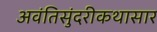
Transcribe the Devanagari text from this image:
अवंतिसुंदरीकथासार